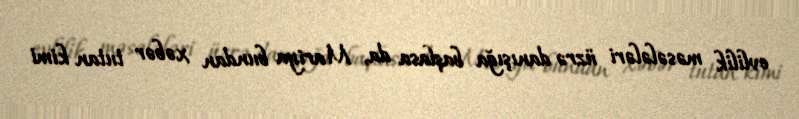
evlilik məsələləri üzrə danışığa başlasa da, Mariya bundan xəbər tutan kimi